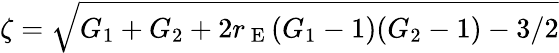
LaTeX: \zeta=\sqrt{G_{1}+G_{2}+2r_{\mathrm{~E~}}(G_{1}-1)(G_{2}-1)-3/2}